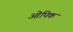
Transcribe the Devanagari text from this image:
ओपिक